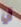
في